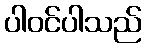
ပါဝင်ပါသည်